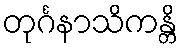
တုင်္ဂနာသိကန္တိ